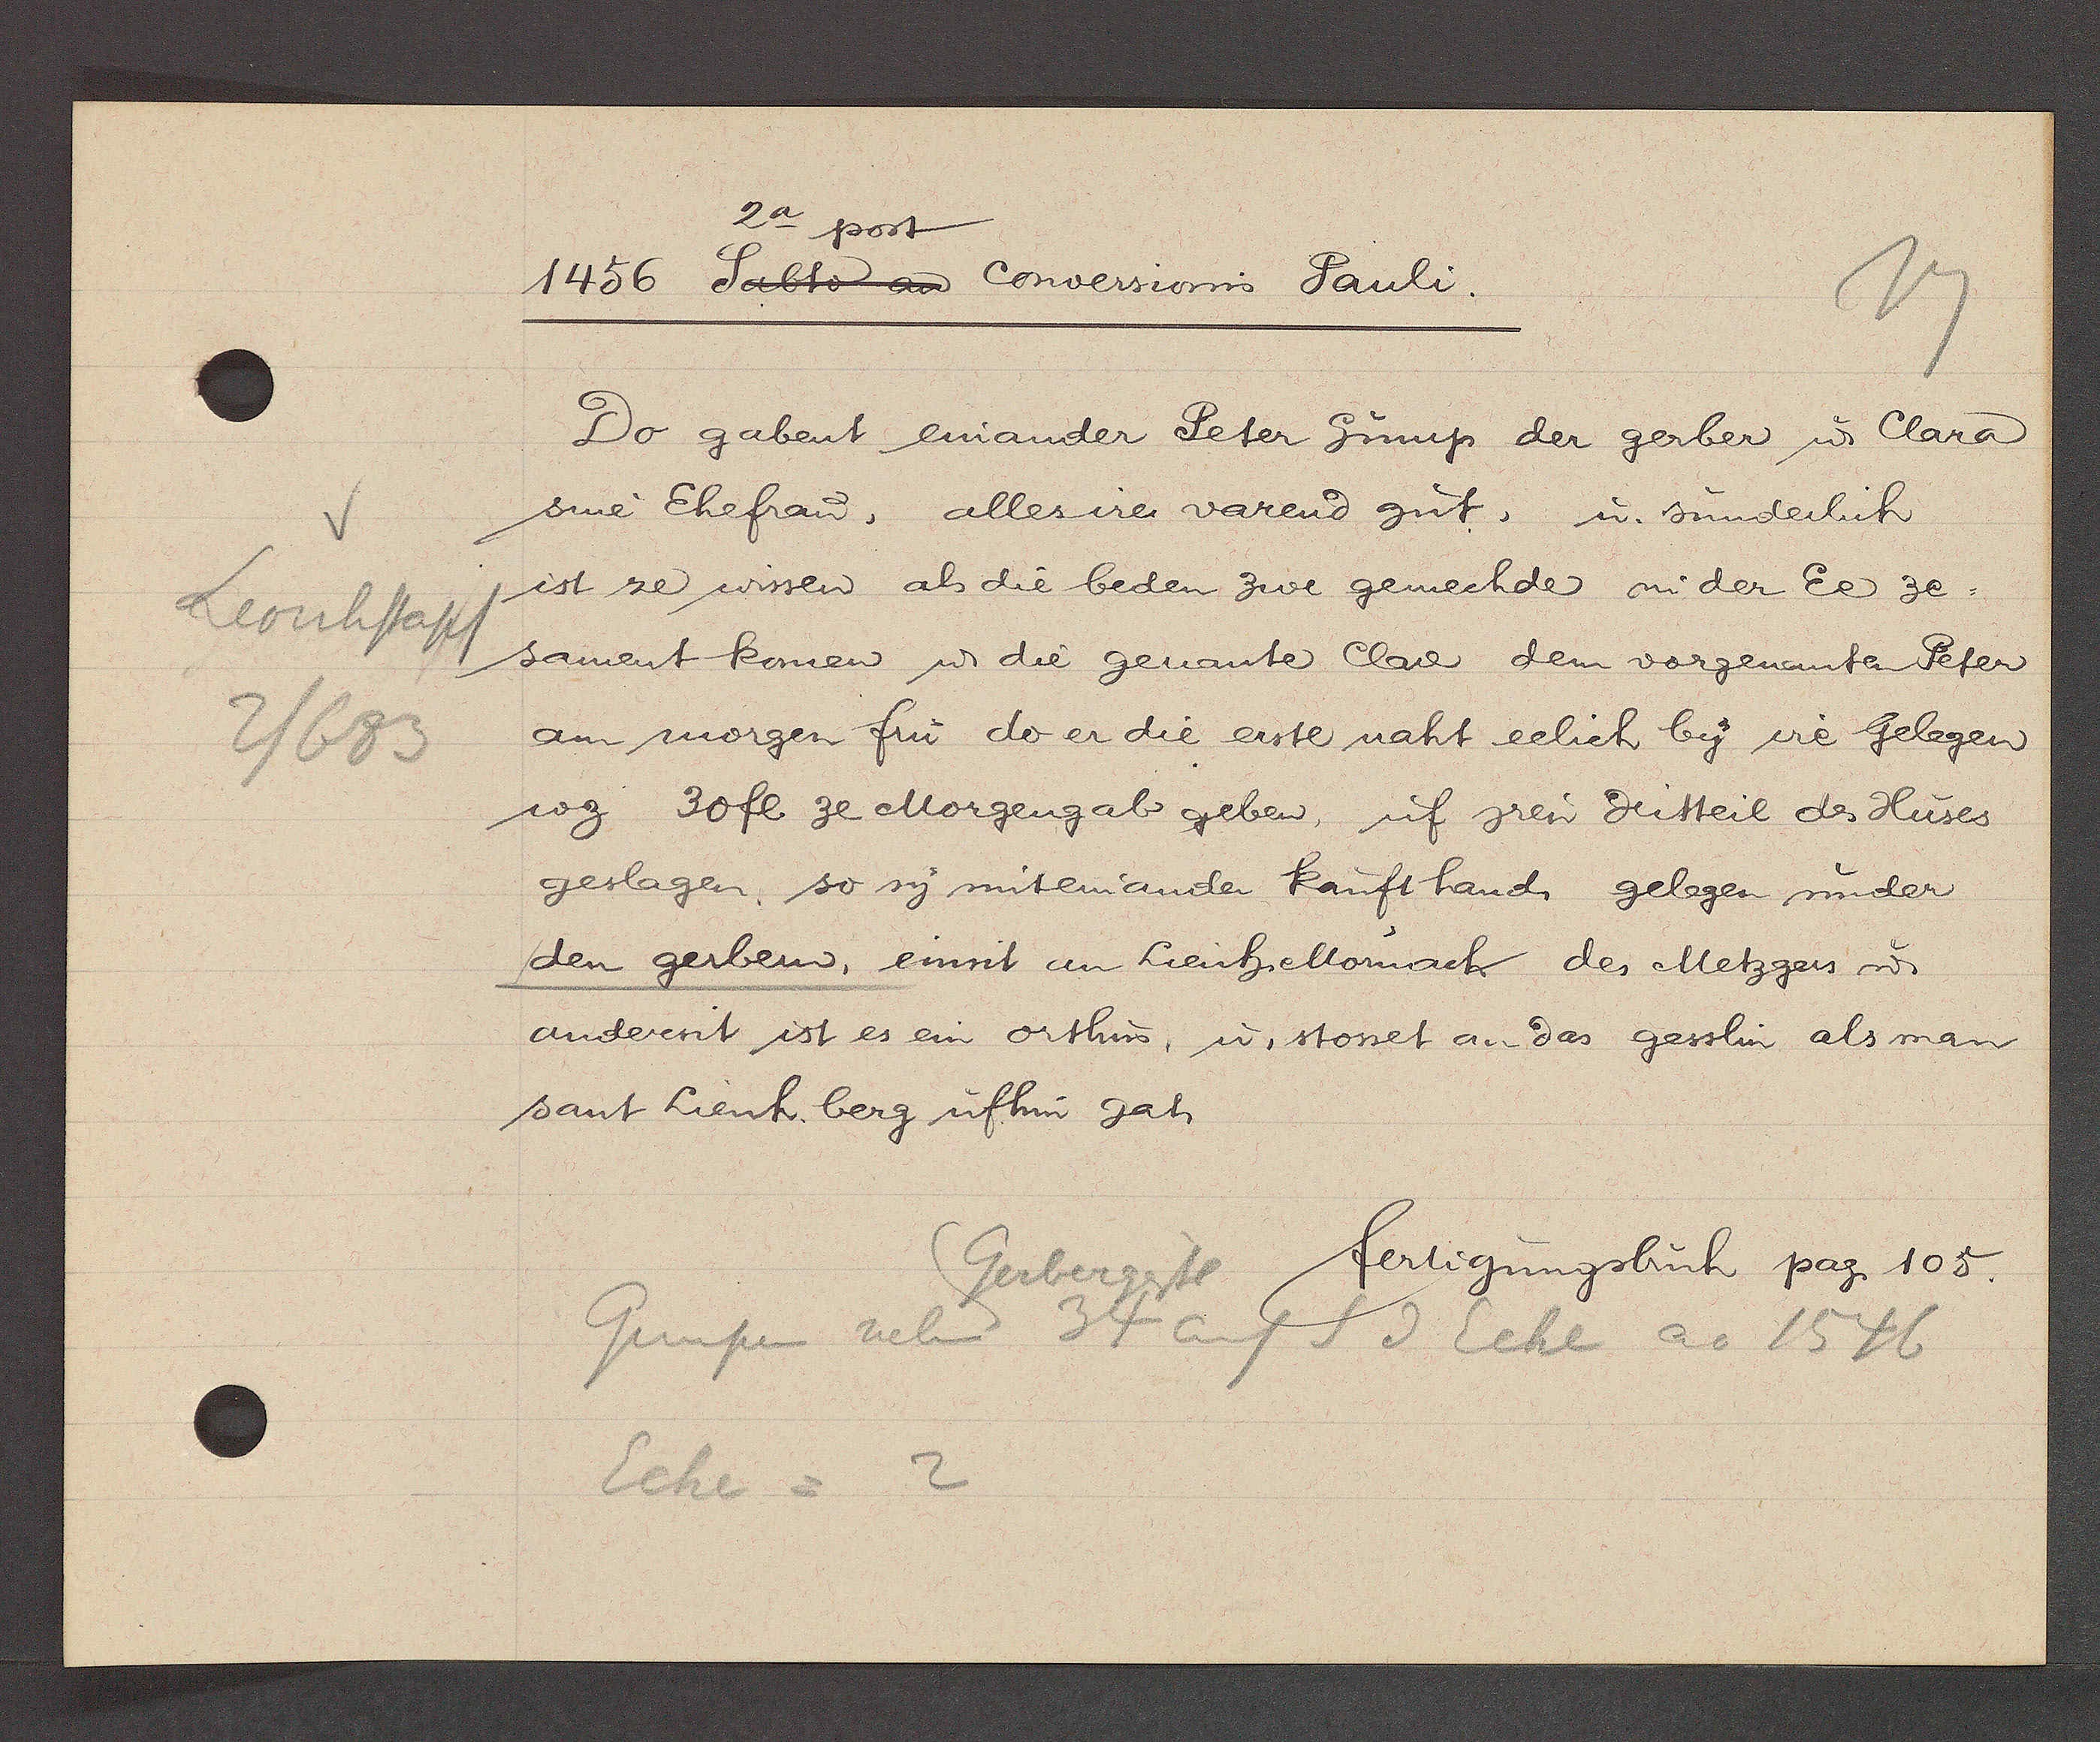
Transcript:
Leonhstapf
2/683

2a post
1456 Sabto an Conversionis Pauli.

Do gabent einander Peter Grunp der gerber u Clara
sine Ehefrau, alles ire varend gut, u sunderlich
ist ze wissen als die beden zwe gemechde in der Ee ze¬
sament komen u die genante Clara dem vorgenanten Peter
am morgen frü do er die erste naht eelich by ire gelegen
wg 30fl. ze Morgengab geben, uf zwei dritteil des Huses
geslagen, so sy mitenander kauft hand gelegen under
den gerbern, einsit an Lienheltounach des Metzgers u
andereit ist es ein orthus, u. stosset an das gesslin als man
sant Lienh. berg ufhin gah

Gerbergasse
Eche = 2
Grunpen neben 34 auf S d Eche ao 1546

fertigungsbuch pag. 105.